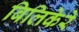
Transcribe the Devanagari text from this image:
बिलिकेरे